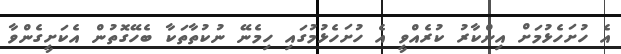
އެ ހުށަހެޅުމަށް އިންކާރު ކުރެއްވީ އެ ހުށަހެޅުމުގައި ހިމެނޭ ނުކުތާތަކާ ބެހޭގޮތުން އެކަށީގެންވާ